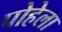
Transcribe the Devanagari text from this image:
पोहेला